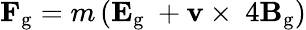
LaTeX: \mathbf{F_{\mathrm{g}}}=m\left(\mathbf{E}_{\mathrm{g}}\ +\mathbf{v}\times\ 4\mathbf{B}_{\mathrm{g}}\right)